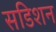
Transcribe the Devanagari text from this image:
सडिशन